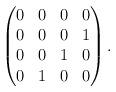
LaTeX: \begin{align*}\begin{pmatrix}0&0&0&0\\0&0&0&1\\0&0&1 &0 \\0&1&0&0\end{pmatrix}. \end{align*}